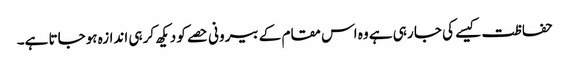
حفاظت کیسے کی جا رہی ہے وہ اس مقام کے بیرونی حصے کو دیکھ کر ہی اندازہ ہوجاتا ہے۔